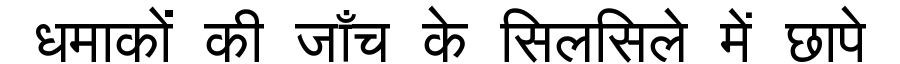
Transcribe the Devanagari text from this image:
धमाकों की जाँच के सिलसिले में छापे